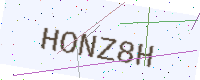
Text: HONZ8H